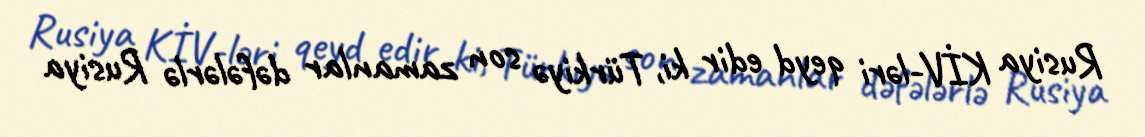
Rusiya KİV-ləri qeyd edir ki, Türkiyə son zamanlar dəfələrlə Rusiya